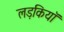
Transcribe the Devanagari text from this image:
लड़कियाॅ